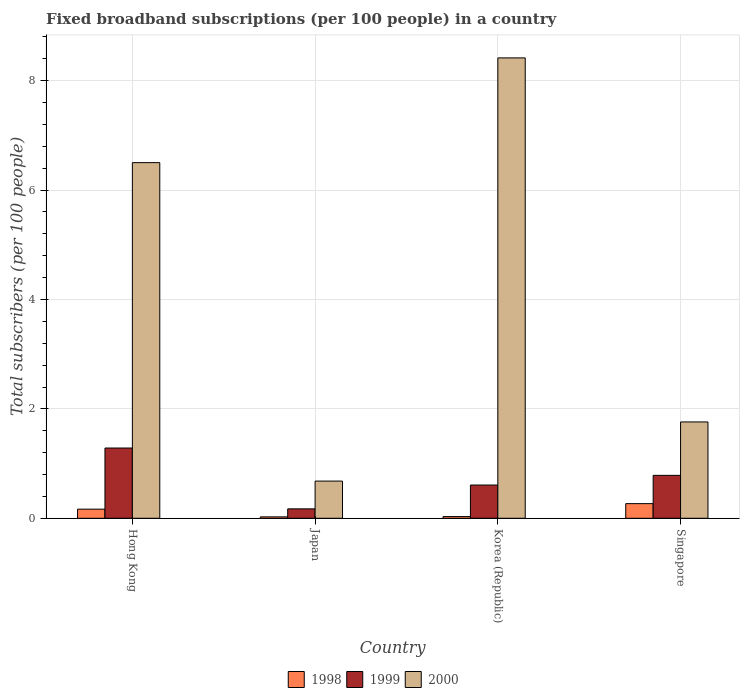
| Country | 1998 | 1999 | 2000 |
 | --- | --- | --- | --- |
 | Hong Kong | 0.167 | 1.28 | 6.5 |
 | Japan | 0.0255 | 0.172 | 0.68 |
 | Korea (Republic) | 0.0308 | 0.608 | 8.42 |
 | Singapore | 0.268 | 0.785 | 1.76 |